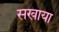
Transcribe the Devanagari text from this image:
सखाया